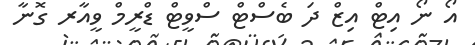
އޯ ނޯ އިޓް އިޒް ދަ ބެސްޓް ސްވީޓް ޑްރީމް ވީއާރ ގޮނާ